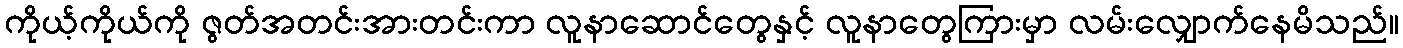
ကိုယ့်ကိုယ်ကို ဇွတ်အတင်းအားတင်းကာ လူနာဆောင်တွေနှင့် လူနာတွေကြားမှာ လမ်းလျှောက်နေမိသည်။